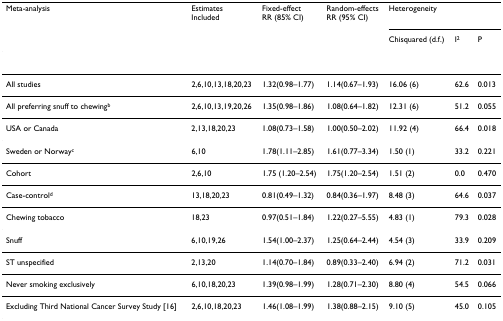
<table><thead><tr><td><b>Meta-analysis</b></td><td><b>EstimatesIncluded</b></td><td><b>Fixed-effectRR (85% CI)</b></td><td><b>Random-effectsRR (95% CI)</b></td><td colspan="3"><b>Heterogeneity</b></td></tr><tr><td></td><td></td><td></td><td></td><td><b>Chisquared (d.f.)</b></td><td><b>I<sup>2</sup></b></td><td><b>P</b></td></tr></thead><tbody><tr><td>All studies</td><td>2,6,10,13,18,20,23</td><td>1.32(0.98–1.77)</td><td>1.14(0.67–1.93)</td><td>16.06 (6)</td><td>62.6</td><td>0.013</td></tr><tr><td>All preferring snuff to chewing<sup>b</sup></td><td>2,6,10,13,19,20,26</td><td>1.35(0.98–1.86)</td><td>1.08(0.64–1.82)</td><td>12.31 (6)</td><td>51.2</td><td>0.055</td></tr><tr><td>USA or Canada</td><td>2,13,18,20,23</td><td>1.08(0.73–1.58)</td><td>1.00(0.50–2.02)</td><td>11.92 (4)</td><td>66.4</td><td>0.018</td></tr><tr><td>Sweden or Norway<sup>c</sup></td><td>6,10</td><td>1.78(1.11–2.85)</td><td>1.61(0.77–3.34)</td><td>1.50 (1)</td><td>33.2</td><td>0.221</td></tr><tr><td>Cohort</td><td>2,6,10</td><td>1.75 (1.20–2.54)</td><td>1.75(1.20–2.54)</td><td>1.51 (2)</td><td>0.0</td><td>0.470</td></tr><tr><td>Case-control<sup>d</sup></td><td>13,18,20,23</td><td>0.81(0.49–1.32)</td><td>0.84(0.36–1.97)</td><td>8.48 (3)</td><td>64.6</td><td>0.037</td></tr><tr><td>Chewing tobacco</td><td>18,23</td><td>0.97(0.51–1.84)</td><td>1.22(0.27–5.55)</td><td>4.83 (1)</td><td>79.3</td><td>0.028</td></tr><tr><td>Snuff</td><td>6,10,19,26</td><td>1.54(1.00–2.37)</td><td>1.25(0.64–2.44)</td><td>4.54 (3)</td><td>33.9</td><td>0.209</td></tr><tr><td>ST unspecified</td><td>2,13,20</td><td>1.14(0.70–1.84)</td><td>0.89(0.33–2.40)</td><td>6.94 (2)</td><td>71.2</td><td>0.031</td></tr><tr><td>Never smoking exclusively</td><td>6,10,18,20,23</td><td>1.39(0.98–1.99)</td><td>1.28(0.71–2.30)</td><td>8.80 (4)</td><td>54.5</td><td>0.066</td></tr><tr><td>Excluding Third National Cancer Survey Study [16]</td><td>2,6,10,18,20,23</td><td>1.46(1.08–1.99)</td><td>1.38(0.88–2.15)</td><td>9.10 (5)</td><td>45.0</td><td>0.105</td></tr></tbody></table>